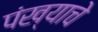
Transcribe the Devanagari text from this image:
पंख्याचे